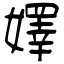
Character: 嬕